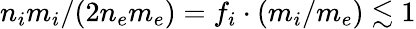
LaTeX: n_{i}m_{i}/(2n_{e}m_{e})=f_{i}\cdot(m_{i}/m_{e})\lesssim 1